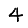
Digit: 4